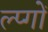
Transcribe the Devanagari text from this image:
ल्प्गों